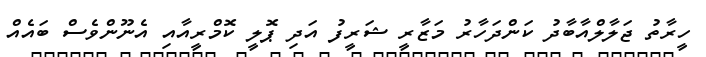
ހީރާތު ޖަލާލްއާބާދު ކަންދަހާރު މަޒާރީ ޝަރީފު އަދި ޕޮލީ ކޮމްރީއާއި އެނޫންވެސް ބައެއް